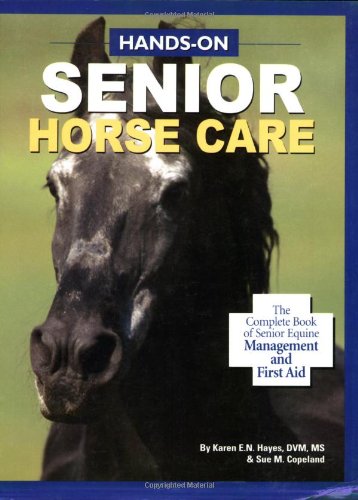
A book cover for Hands-On Senior Horse Care: The Complete Book of Senior Equine Management and First Aid; Karen E. N. Hayes DVM  MS; Health, Fitness & Dieting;